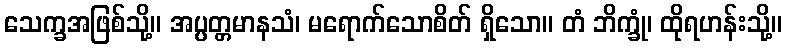
သေက္ခအဖြစ်သို့။ အပ္ပတ္တမာနသံ၊ မရောက်သောစိတ် ရှိသော။ တံ ဘိက္ခုံ၊ ထိုရဟန်းသို့။